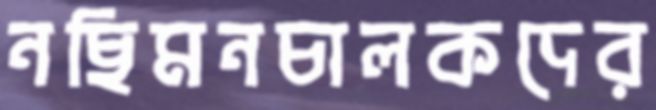
নছিমনচালকদের